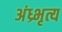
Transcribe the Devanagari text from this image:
अंध्र्भृत्य